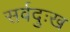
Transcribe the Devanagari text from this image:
सर्वदुःख